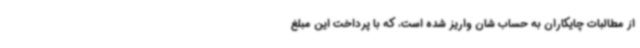
از مطالبات چایکاران به حساب شان واریز شده است، که با پرداخت این مبلغ